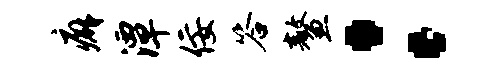
癖潭佞答鳌：